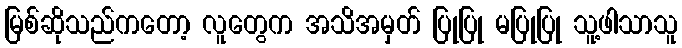
မြစ်ဆိုသည်ကတော့ လူတွေက အသိအမှတ် ပြုပြု မပြုပြု သူ့ဖါသာသူ